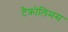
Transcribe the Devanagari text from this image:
टैक्रोलिमस